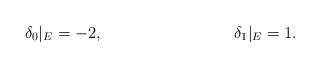
LaTeX: \begin{align*}\delta_0 |_{E} &= -2, & \delta_1 |_{E} &= 1.\end{align*}